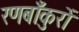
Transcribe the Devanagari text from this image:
रणबाँकुरों